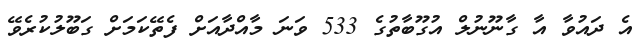
އެ ދައުވާ އާ ގާނޫނުލް އުގޫބާތުގެ 533 ވަނަ މާއްދާއަށް ފެތޭކަމަށް ގަބޫލުކުރެވޭ